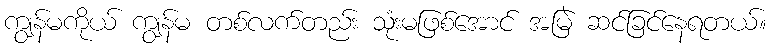
ကျွန်မကိုယ် ကျွန်မ တစ်လက်တည်း သုံးမဖြစ်အောင် အမြဲ ဆင်ခြင်နေရတယ်။